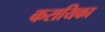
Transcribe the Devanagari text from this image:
करायिका